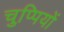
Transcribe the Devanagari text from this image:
चुप्पियों